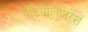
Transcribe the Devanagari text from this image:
पटियालानरेश